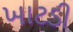
ખાટડી